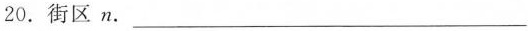
20. 街区 n.___